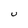
Character: U